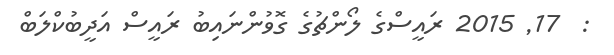
:  17